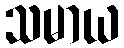
သမာယ